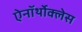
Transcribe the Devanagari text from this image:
ऐनॉर्थोक्लेस